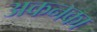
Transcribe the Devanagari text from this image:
अकनका